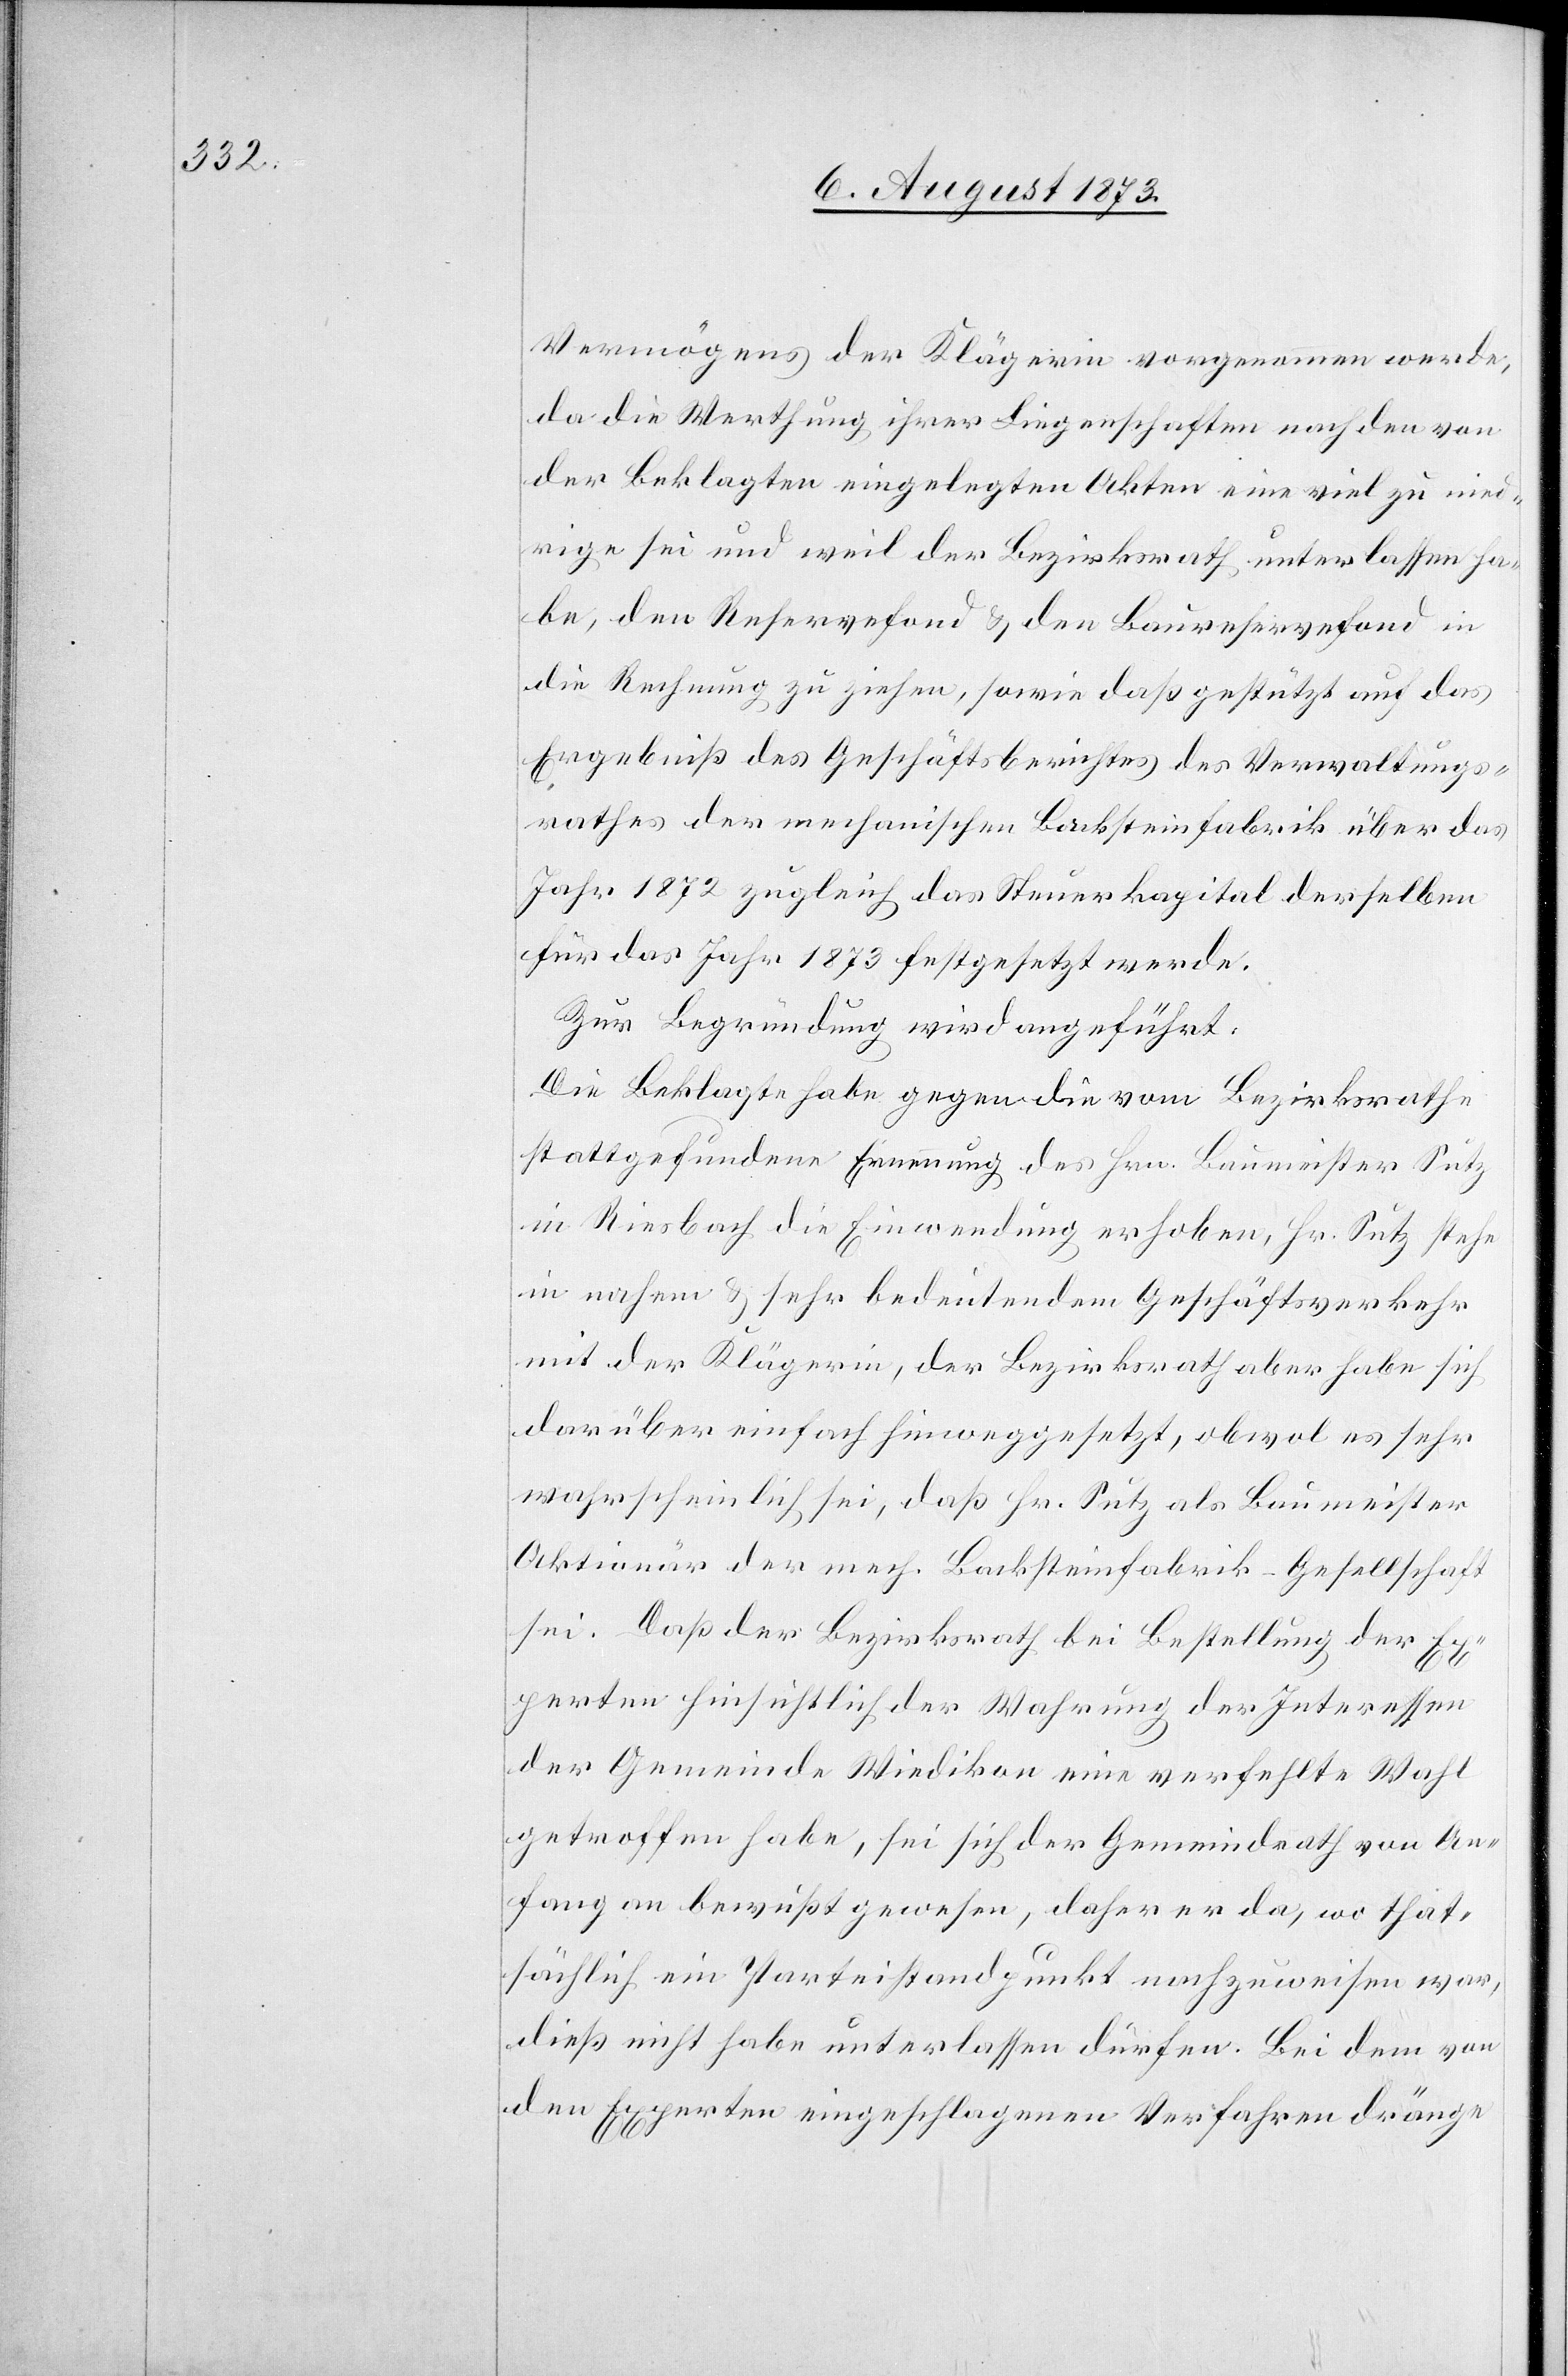
Vermögens der Klägerin vorgenommen werde,
da die Werthung ihrer Liegenschaften nach den von
der Beklagten eingelegten Akten eine viel zu nied¬
rige sei und weil der Bezirksrath unterlassen ha¬
be, den Reservefond & den Baureservefond in
die Rechnung zu ziehen, sowie daß gestützt auf das
Ergebniß des Geschäftsberichtes des Verwaltungs¬
rathes der mechanischen Backsteinfabrik über das
Jahr 1872 zugleich das Steuerkapital derselben
für das Jahr 1873 festgesetzt werde.
Zur Begründung wird angeführt:
Die Beklagte habe gegen die vom Bezirksrathe
stattgefundene Ernennung des Hrn. Baumeister Sutz
in Riesbach die Einwendung erhoben, Hr. Sutz stehe
in nahem & sehr bedeutendem Geschäftsverkehr
mit der Klägerin, der Bezirksrath aber habe sich
darüber einfach hinweggesetzt, obwol es sehr
wahrscheinlich sei, daß Hr. Sutz als Baumeister
Aktionär der mech. Backsteinfabrik-Gesellschaft
sei. Daß der Bezirksrath bei Bestellung der
Ex¬
perten hinsichtlich der Wahrung der Interessen
der Gemeinde Wiedikon eine verfehlte Wahl
getroffen habe, sei sich der Gemeindrath von An¬
fang an bewußt gewesen, daher er da, wo that¬
sächlich ein Parteistandpunkt nachzuweisen war,
dieß nicht habe unterlassen dürfen. Bei dem von
den Experten eingeschlagenen Verfahren dränge